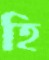
হি